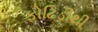
ફોટિડીથી